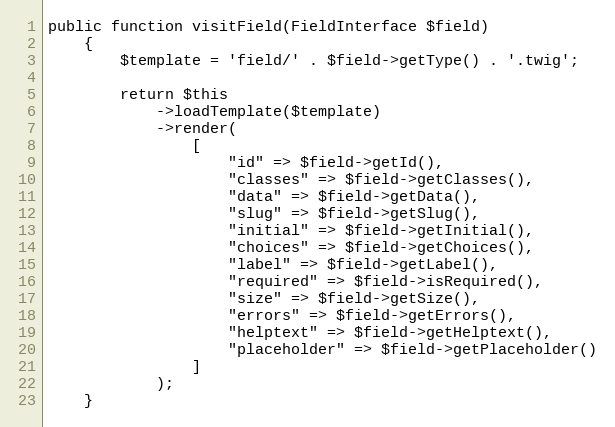
Language: PHP
public function visitField(FieldInterface $field)
    {
        $template = 'field/' . $field->getType() . '.twig';

        return $this
            ->loadTemplate($template)
            ->render(
                [
                    "id" => $field->getId(),
                    "classes" => $field->getClasses(),
                    "data" => $field->getData(),
                    "slug" => $field->getSlug(),
                    "initial" => $field->getInitial(),
                    "choices" => $field->getChoices(),
                    "label" => $field->getLabel(),
                    "required" => $field->isRequired(),
                    "size" => $field->getSize(),
                    "errors" => $field->getErrors(),
                    "helptext" => $field->getHelptext(),
                    "placeholder" => $field->getPlaceholder()
                ]
            );
    }